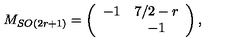
M _ { S O ( 2 r + 1 ) } = \left( \begin{array} { c c } { - 1 } & { 7 / 2 - r } \\ { } & { - 1 } \\ \end{array} \right) ,